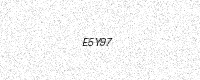
Text: E5Y97